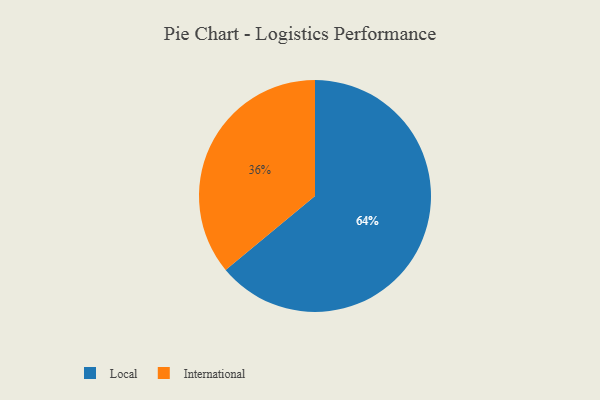
{"axis": {"x": "Category", "y": "Percentage"}, "legend": ["International", "Local"], "data": [{"x": "Local", "y": 64, "type": "Local"}, {"x": "International", "y": 36, "type": "International"}]}